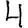
Digit: 4